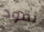
نقود